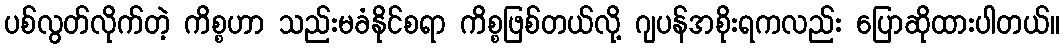
ပစ်လွတ်လိုက်တဲ့ ကိစ္စဟာ သည်းမခံနိုင်စရာ ကိစ္စဖြစ်တယ်လို့ ဂျပန်အစိုးရကလည်း ပြောဆိုထားပါတယ်။